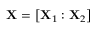
\mathbf { X } = \left[ \mathbf { X } _ { 1 } : \mathbf { X } _ { 2 } \right]